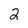
Character: 2